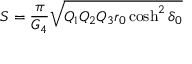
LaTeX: S = { \frac { \pi } { G _ { 4 } } } \sqrt { Q _ { 1 } Q _ { 2 } Q _ { 3 } r _ { 0 } \cosh ^ { 2 } \delta _ { 0 } }